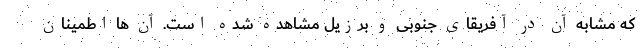
که مشابه آن در آفریقای جنوبی و برزیل مشاهده شده است. آن ها اطمینان